Vaccination in the Punjab 1919-1929 - 1919-1929
Year: 1919
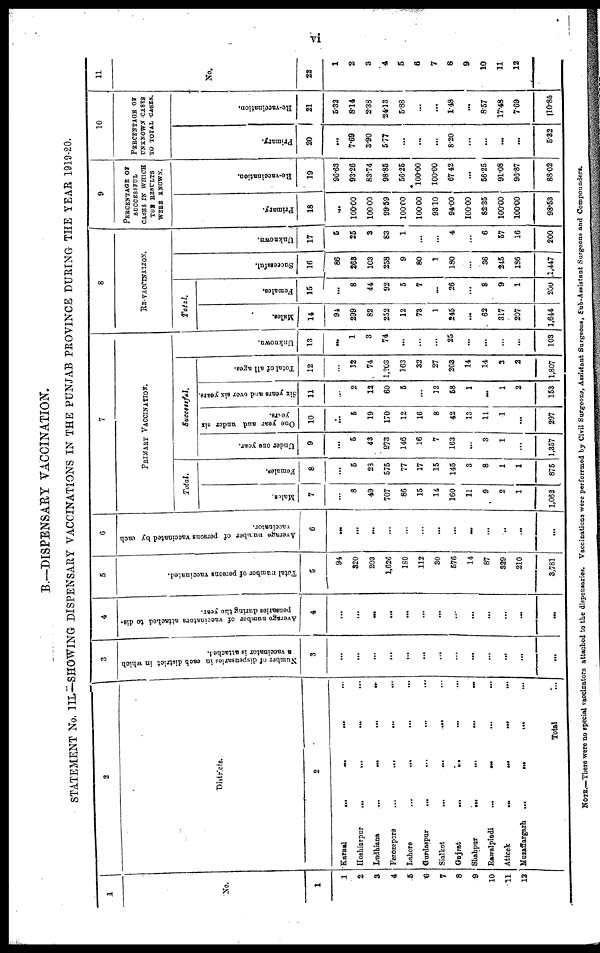
vi
B.—DISPENSARY VACCINATION.
STATEMENT No. III.—SHOWING DISPENSARY VACCINATIONS IN THE PUNJAB PROVINCE DURING THE YEAR 1919-20.
1
No.
1
1
2
3
4
5
6
7
8
9
10
11
12
2
Districts.
2
Karnal
...
...
...
...
Hoshiarpur
...
...
...
...
Ludhiana
...
...
...
...
Ferozepore
...
...
...
...
Lahore
...
...
...
...
Gurdaspur ... ... ... ...
Sialkot ... ... ... ...
Gujrat
...
...
...
...
Shahpur
...
...
...
...
Rawalpindi
...
...
...
...
Attock
...
...
...
...
Muzaffargarh
...
...
...
...
Total ...
3
Number of dispensaries in each district in which
a vaccinator is attached.
3
...
...
...
...
...
...
...
...
...
...
...
...
...
4
Average number of vaccinators attached to dis-
pensaries during the year.
4
...
...
...
...
...
...
...
...
...
...
...
...
...
5
Total number of persons vaccinated.
5
94
320
203
1,626
180
112
30
578
14
87
329
210
3,781
6
Average number of persons vaccinated by each
vaccinator.
6
...
...
...
...
...
...
...
...
...
...
...
...
...
7
PRIMARY VACCINATION.
Total.
Males.
7
...
8
49
707
86
15
14
160
11
9
2
1
1,062
Females.
8
...
5
283
575
77
17
15
145
3
8
1
1
875
Successful.
Under one year.
9
...
5
43
973
146
16
7
163
...
3
1
...
1,357
One year and under six
years.
10
...
5
19
170
12
16
8
42
13
11
1
...
297
Six years and over six years.
11
...
2
12
60
5
...
12
58
1
...
1
2
153
Total of all ages.
12
...
12
74
1,203
163
32
27
263
14
14
3
2
1,807
Unknown.
13
...
1
3
74
...
...
...
25
...
...
...
...
103
8
RE-VACINATION.
Total.
Males.
14
94
299
82
252
12
73
1
245
...
62
317
207
1,644
Females.
15
...
8
44
92
5
7
...
26
...
8
9
1
200
Successful.
16
86
263
103
258
9
80
1
180
...
36
245
186
1,447
Unknown.
17
5
25
3
83
1
...
...
4
...
6
57
16
200
9
PERCENTAGE OF
SUCCESSFUL
CASES IN WHICH
THE RESULTS
WERE KNOWN.
Primary.
18
...
100.00
100 00
99.59
100.00
100.00
93.10
94.00
100.00
82.35
100.00
100.00
98.53
Re-vaccination.
19
96.63
93.26
83.74
98.85
56.25
100.00
100.00
67.42
...
56.25
91.08
96.87
88.02
10
PERCENTAGE OF
UNKNOWN CASES
TO TOTAL CASES.
Primary.
20
...
7.69
3.90
5.77
...
...
...
8.20
...
...
...
...
5.82
Re-vaccination.
21
5.32
8.14
2.38
24.13
5.88
...
...
1.48
...
8.57
17.48
7.69
110.86
11
No.
22
1
2
3
4
5
6
7
8
9
10
11
12
NOTE.—There were no special vaccinators attached to the dispensaries. Vaccinations were performed by Civil Surgeons, Assistant Surgeons, Sub-Assistant Surgeons and Compounders.